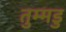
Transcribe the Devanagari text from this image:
तुम्मडु